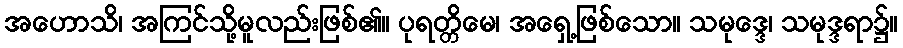
အဟောသိ၊ အကြင်သို့မူလည်းဖြစ်၏။ ပုရတ္တိမေ၊ အရှေ့ဖြစ်သော။ သမုဒ္ဒေ၊ သမုဒ္ဒရာ၌။